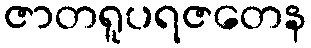
ဇာတရူပရဇတေန